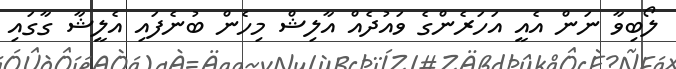
ލޯބިވާ ނަން އެއީ އަހަރެންގެ ވައުދެއް އާލިޝް މިހެން ބުނެފައި އެލީޝާ ގާގައި